Vaccine operations Central Provinces 1868-1885 - 1868-1885
Year: 1868
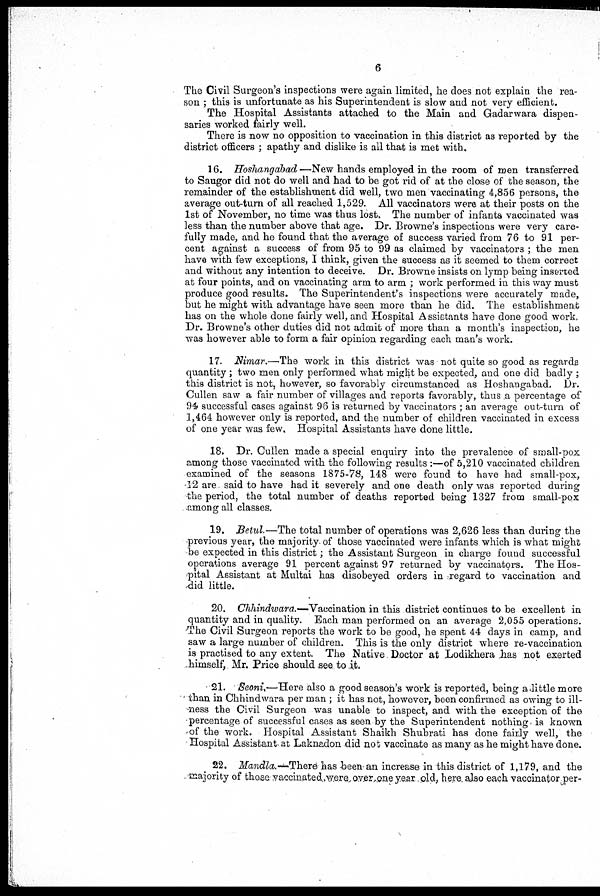
6
The Civil Surgeon's inspections were again limited, he does not explain the rea-
son ; this is unfortunate as his Superintendent is slow and not very efficient.
The Hospital Assistants attached to the Main and Gadarwara dispen-
saries worked fairly well.
There is now no opposition to vaccination in this district as reported by the
district officers ; apathy and dislike is all that is met with.
16. Hoshangabad—New hands employed in the room of men transferred
to Saugor did not do well and had to be got rid of at the close of the season, the
remainder of the establishment did well, two men vaccinating 4,856 persons, the
average out-turn of all reached 1,529. All vaccinators were at their posts on the
1st of November, no time was thus lost. The number of infanta vaccinated was
less than the number above that age. Dr. Browne's inspections were very care-
fully made, and he found that the average of success varied from 76 to 91 per-
cent against a success of from 95 to 99 as claimed by vaccinators ; the men
have with few exceptions, I think, given the success as it seemed to them correct
and without any intention to deceive. Dr. Browne insists on lymp being inserted
at four points, and on vaccinating arm to arm ; work performed in this way must
produce good results. The Superintendent's inspections were accurately made,
but he might with advantage have seen more than he did. The establishment
has on the whole done fairly well, and Hospital Assistants have done good work,
Dr. Browne's other duties did not admit of more than a month's inspection, he
was however able to form a fair opinion regarding each man's work.
17. Nimar.—The work in this district was not quite so good as regards
quantity ; two men only performed what might be expected, and one did badly ;
this district is not, however, so favorably circumstanced as Hoshangabad. Dr.
Cullen saw a fair number of villages and reports favorably, thus a percentage of
94 successful cases against 96 is returned by vaccinators ; an average out-turn of
1,464 however only is reported, and the number of children vaccinated in excess
of one year was few. Hospital Assistants have done little.
18. Dr. Cullen made a special enquiry into the prevalence of small-pox
among those vaccinated with the following results :—of 5,210 vaccinated children
examined of the seasons 1875-78, 148 were found to have had small-pox,
12 are said to have had it severely and one death only was reported during
the period, the total number of deaths reported being 1327 from small-pox
among all classes.
19. Betul.—The total number of operations was 2,626 less than during the
previous year, the majority of those vaccinated were infants which is what might
be expected in this district; the Assistant Surgeon in charge found successful
operations average 91 percent against 97 returned by vaccinators. The Hos-
pital Assistant at Multai has disobeyed orders in regard to vaccination and
did little.
20. Chhindwara.—Vaccination in this district continues to be excellent in
quantity and in quality. Each man performed on an average 2,055 operations.
The Civil Surgeon reports the work to be good, he spent 44 days in camp, and
saw a large number of children. This is the only district where re-vaccination
is practised to any extent. The Native Doctor at Lodikhera has not exerted
himself, Mr. Price should see to it.
21. Seoni—Here also a good season's work is reported, being a little more
than in Chhindwara per man ; it has not, however, been confirmed as owing to ill-
ness the Civil Surgeon was unable to inspect, and with the exception of the
-percentage of successful cases as seen by the Superintendent nothing, is known
of the work. Hospital Assistant Shaikh Shubrati has done fairly well, the
Hospital Assistant at Laknadon did not vaccinate as many as he might have done.
22. Mandla.—There has been an increase in this district of 1,179, and the
majority of those vaccinated were,overdone year old, here, also each vaccinator per-